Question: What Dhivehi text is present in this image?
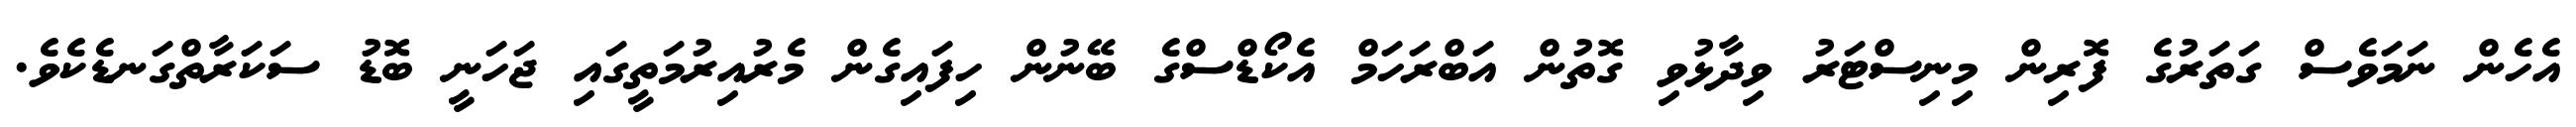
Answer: އެހެން ނަމަވެސް ގަތަރުގެ ފޮރިން މިނިސްޓަރު ވިދާޅުވި ގޮތުން އަބްރަހަމް އެކޯޑްސްގެ ބޭނުން ހިފައިގެން މެރުއިރުމަތީގައި ޖަހަނީ ބޮޑު ސަކަރާތްގަނޑެކެވެ.